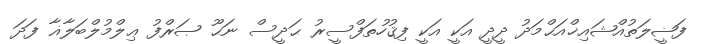
ފަޟީލަތުއްޝައިޚްއަޙްމަދު ދީދީ އަކީ އަކީ ފިޤުހުތަފްސީރު ޙަދީސް ނަޙޫ ޞަރްފު ޢިލްމުލްބަލާޣާ ފަދަ